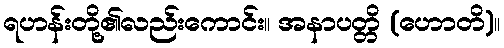
ရဟန်းတို့၏လည်းကောင်း။ အနာပတ္တိ (ဟောတိ)။